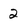
Character: 2